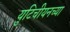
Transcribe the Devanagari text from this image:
युटिचीयनच्या